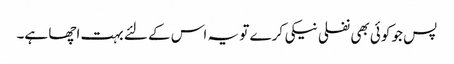
پس جو کوئی بھی نفلی نیکی کرے تو یہ اس کے لئے بہت اچھا ہے۔